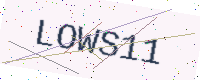
Text: LOWS11